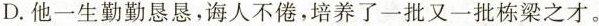
D.他一生勤勤恳恳，诲人不倦，培养了一批又一批栋梁之才。